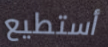
أستطيع